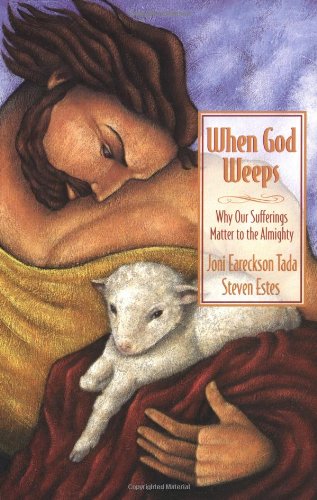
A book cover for When God Weeps; Joni Eareckson Tada; Christian Books & Bibles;